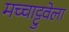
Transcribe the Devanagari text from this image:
मच्चाट्टुवेला